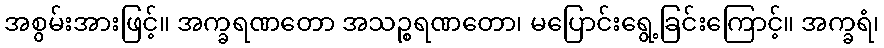
အစွမ်းအားဖြင့်။ အက္ခရဏတော အသဉ္စရဏတော၊ မပြောင်းရွေ့ခြင်းကြောင့်။ အက္ခရံ၊